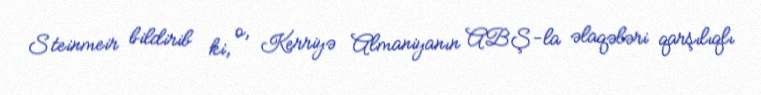
Steinmeir bildirib ki, o, Kerriyə Almaniyanın ABŞ-la əlaqələri qarşılıqlı